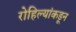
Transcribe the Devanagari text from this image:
रोहिल्यांकडून